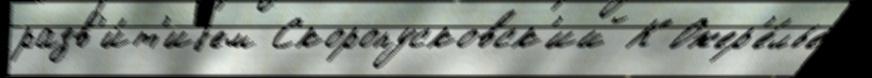
разв'и́т'иjем Скоропусковск'ий К Ожер'е́лье